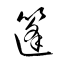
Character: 篷